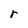
Character: r